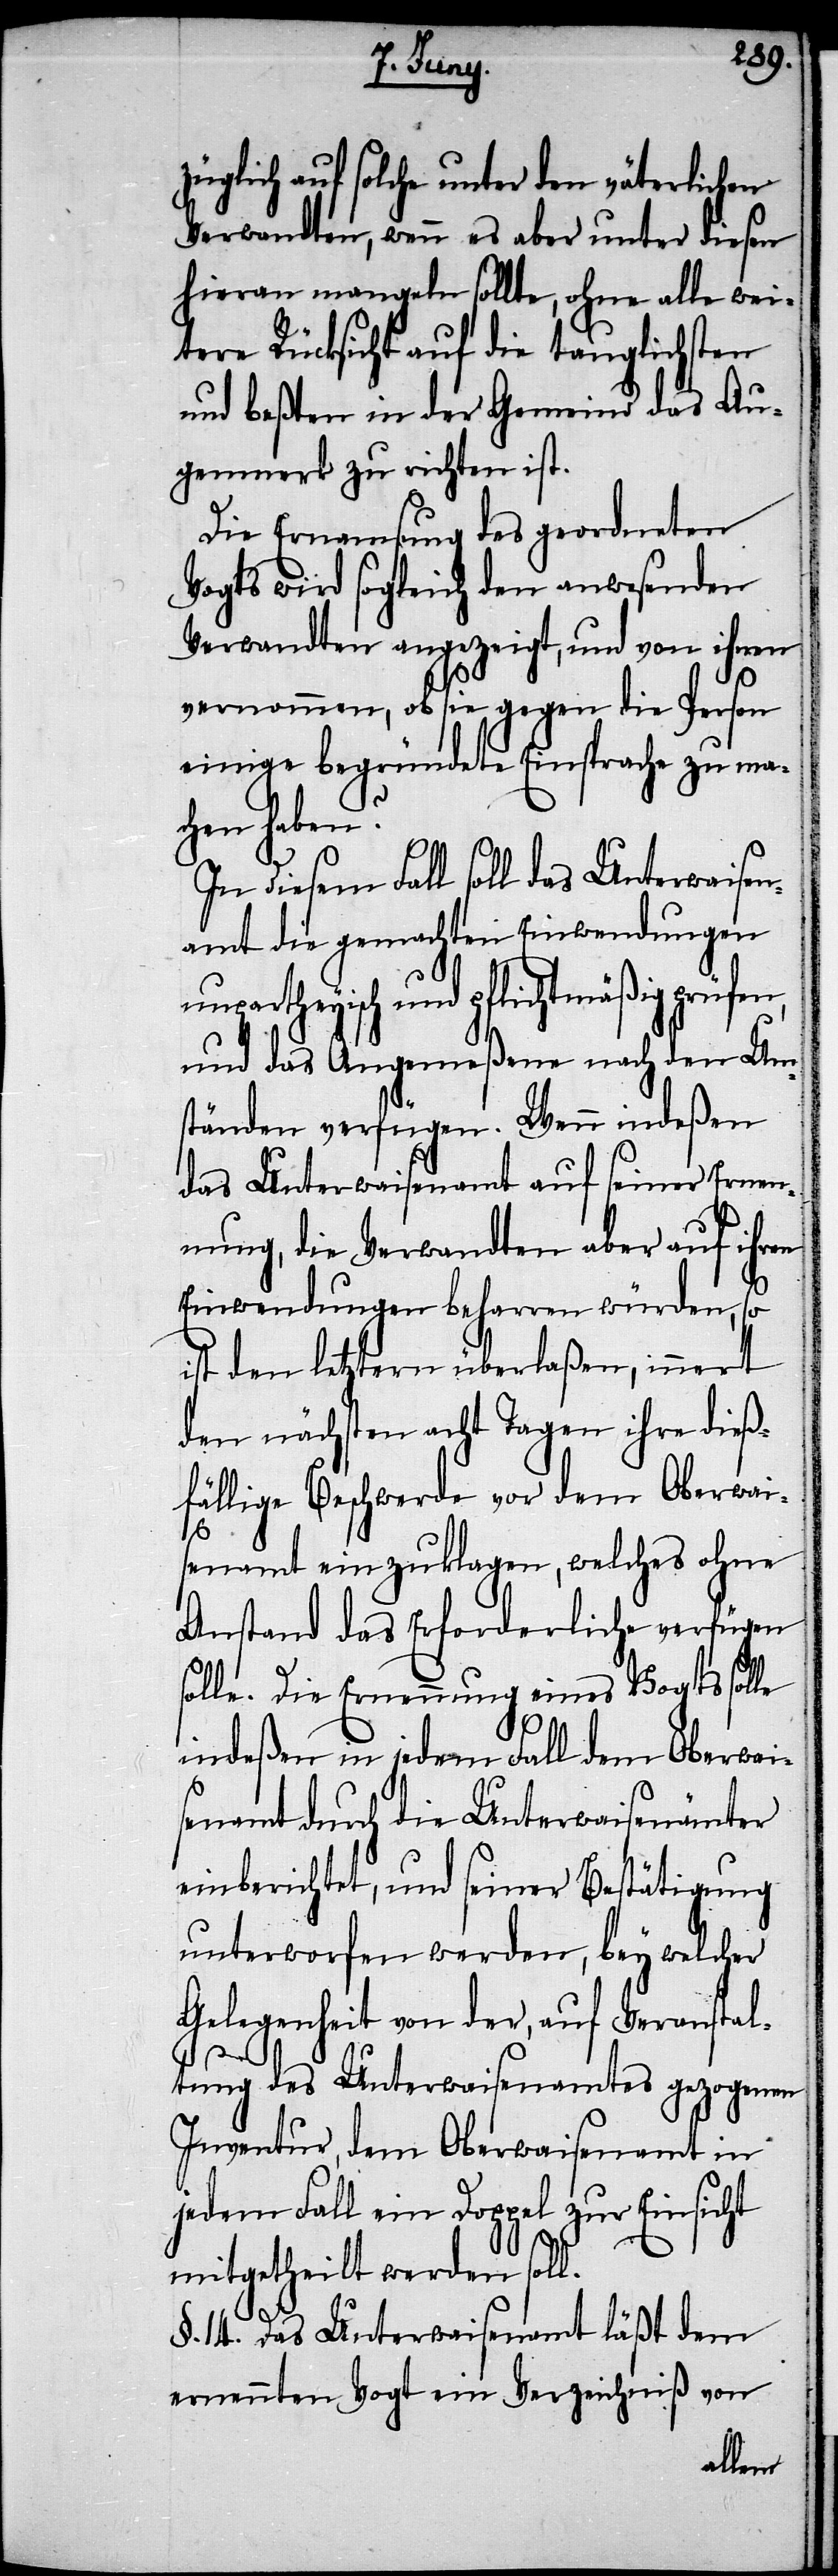
züglich auf solche unter den väterlichen
Verwandten, wenn es aber unter diesen
hieran mangeln sollte, ohne alle wei¬
tere Rücksicht auf die tauglichsten
und beßten in der Gemeind das Au¬
genmerk zu richten ist.
Die Ernamsung des geordneten
Vogts wird sogleich den anwesenden
Verwandten angezeigt, und von ihnen
vernommen, ob sie gegen die Person
einige begründete Einsprache zu mac¬
hen haben?
In diesem Fall soll das Unterwaisen¬
amt die gemachten Einwendunen
partheyisch und pflichtmäßig prüfen,
und das Angemeßene nach den Um¬
ständen verfügen. Wenn indeßen
das Unterwaisenamt auf seiner Ernen¬
nung, die Verwandten aber auf ihren
Einwendungen beharren würden, so
ist den letztern überlaßen, innert
den nächsten acht Tagen ihre dieß¬
fällige Beschwerde vor dem Oberwai¬
senamt einzuklagen, welches ohne
Anstand das Erforderliche verfügen
olle. Die Ernennung eines Vogts solle
s¬
indeßen in jedem Fall dem Oberwai¬
senamt durch die Unterwaisenämter
einberichtet, und seiner Bestätigung
unterworfen werden, bey welcher
Gelegenheit von der, auf Veranstal¬
tung des Unterwaisenamtes gezogenen
Inventur, dem Oberwaisenamt in
jedem Fall ein Doppel zur Einsicht
mitgetheilt werden soll.
un¬
§. 14. Das Unterwaisenamt läßt dem
ernennten Vogt ein Verzeichniß von